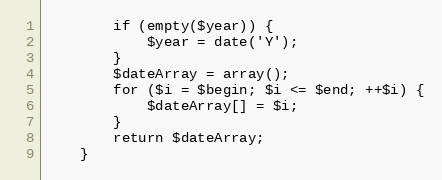
Language: PHP
        if (empty($year)) {
            $year = date('Y');
        }
        $dateArray = array();
        for ($i = $begin; $i <= $end; ++$i) {
            $dateArray[] = $i;
        }
        return $dateArray;
    }